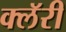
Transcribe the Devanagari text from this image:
क्लॅरी